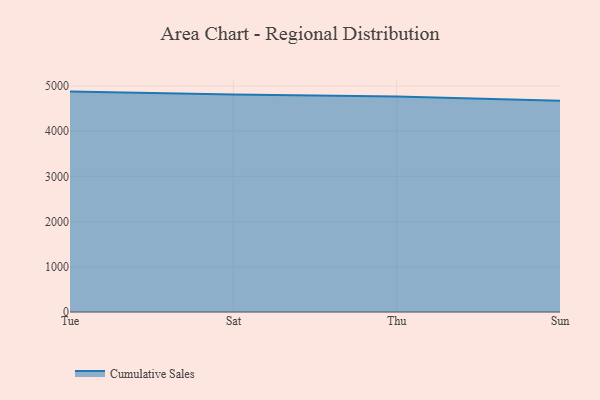
{"axis": {"x": "Day", "y": "Shipments"}, "legend": ["Cumulative Sales"], "data": [{"x": "Tue", "y": 4875.7, "type": "Cumulative Sales"}, {"x": "Sat", "y": 4810.8, "type": "Cumulative Sales"}, {"x": "Thu", "y": 4769.3, "type": "Cumulative Sales"}, {"x": "Sun", "y": 4672.0, "type": "Cumulative Sales"}]}